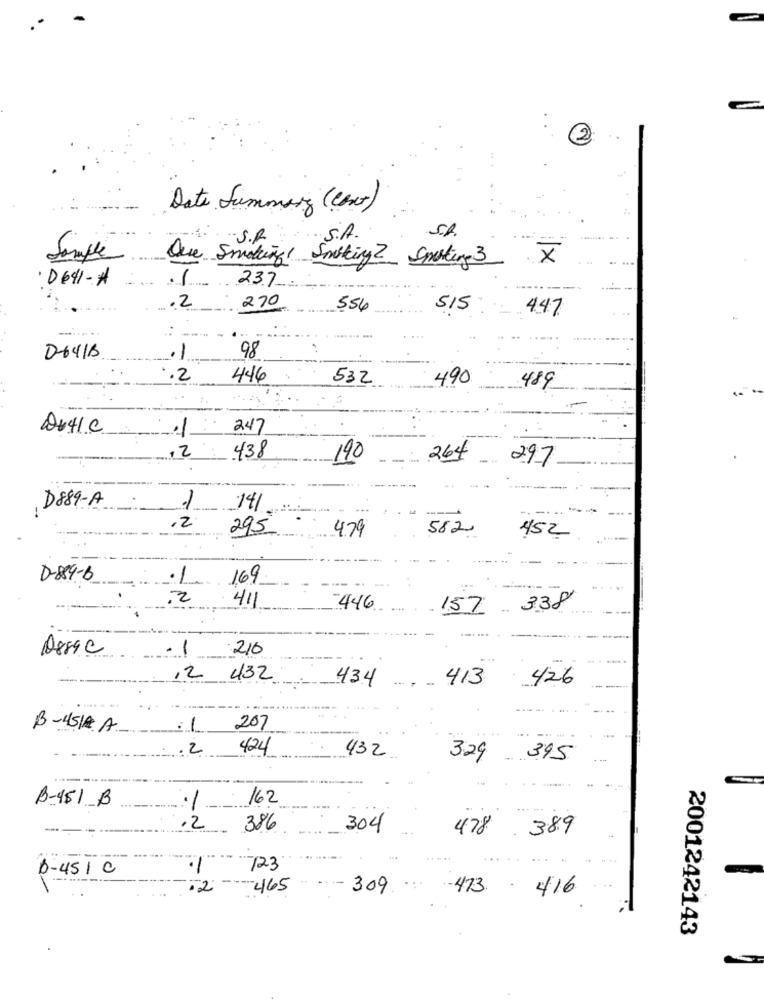
2
Date Summary (Cont)
S.R.
S.A.
Sample
X
Que Smoking! Smoking 2 Sparking 3
·D641-A
237
.2
270
556
515
447
.-...
0-6418
.1
98
.2
446
532
490
489
.1
247
,2
438
190
264
297
D889-A
14/
2
295
582
4.79
452
D-89-6
.1
169
411
-446
157
.338
Assic
-210
-
,2
432
434
413
426
B-4518 A
207
2
424
432
3.29
395
B-451 B
162
.2
386
304
389
478
B-451 C
723
465
309 473 416
2001242143